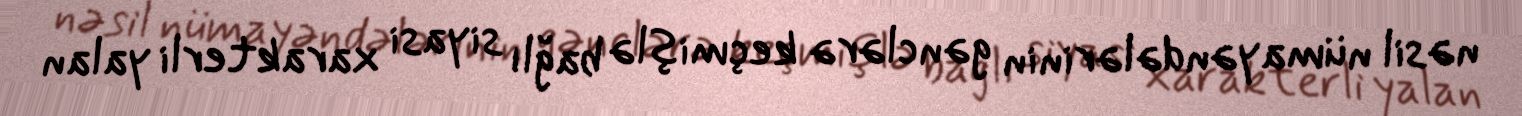
nəsil nümayəndələrinin gənclərə keçmişlə bağlı siyasi xarakterli yalan